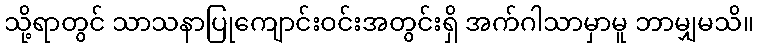
သို့ရာတွင် သာသနာပြုကျောင်းဝင်းအတွင်းရှိ အက်ဂါသာမှာမူ ဘာမျှမသိ။